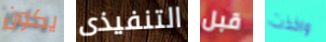
يكون التنفيذى قبل واخذت